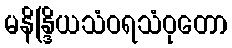
မနိန္ဒြိယသံဝရသံဝုတော